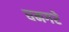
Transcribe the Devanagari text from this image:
घनगरे